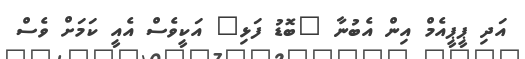
އަދި ޕީޕީއެމް އިން އެބުނާ "ބޮޑު ފަޅި" އަކީވެސް އެއީ ކަމަށް ވެސް